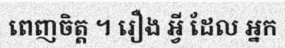
ពេញចិត្ត ។ រឿង អ្វី ដែល អ្នក